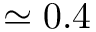
\simeq 0 . 4